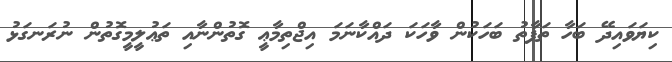
ކިޔަވައިދޭ ބަހާ ތަފާތު ބަހަކުން ވާހަކަ ދައްކާނަމަ އިޖްތިމާޢީ ގޮތުންނާއި ތަޢުލީމީގޮތުން ނުރަނގަޅު